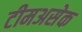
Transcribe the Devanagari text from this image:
टीमअसेक